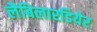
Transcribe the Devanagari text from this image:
लैबिलारडियेर